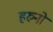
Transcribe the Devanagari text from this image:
हरुनो